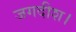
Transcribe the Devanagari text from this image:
जगदीश।